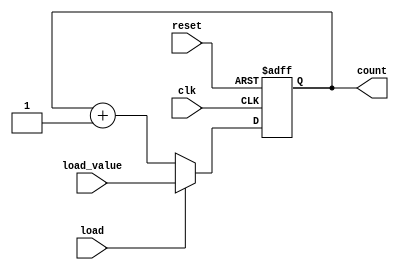
module loadable_counter (
    input wire clk,                // Clock input
    input wire load,               // Load control signal
    input wire [3:0] load_value,   // Value to load into the counter
    input wire reset,              // Asynchronous reset signal
    output reg [3:0] count         // Current count value
);

// Asynchronous reset logic
always @(posedge clk or posedge reset) begin
    if (reset) begin
        count <= 4'b0000;         // Reset counter to 0
    end else if (load) begin
        count <= load_value;      // Load new value into the counter
    end else begin
        count <= count + 1;       // Increment the counter
    end
end

endmodule